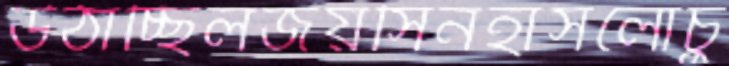
উঠাচ্ছিলজয়সিনহাসলোচু